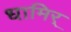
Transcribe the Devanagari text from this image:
धामिर्